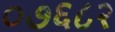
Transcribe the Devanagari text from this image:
०७६८२